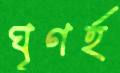
ঘৃণর্হ